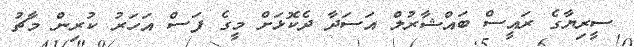
ސީރިޔާގެ ރައީސް ބައްޝާރުލް އަސަދާ ދެކޮޅަށް މީގެ ފަސް އަހަރު ކުރިން މާޗު